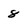
Character: 8